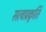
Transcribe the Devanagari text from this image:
सत्वप्रकृति